Jaan_Tonisson_(Lasteleht), lk 363
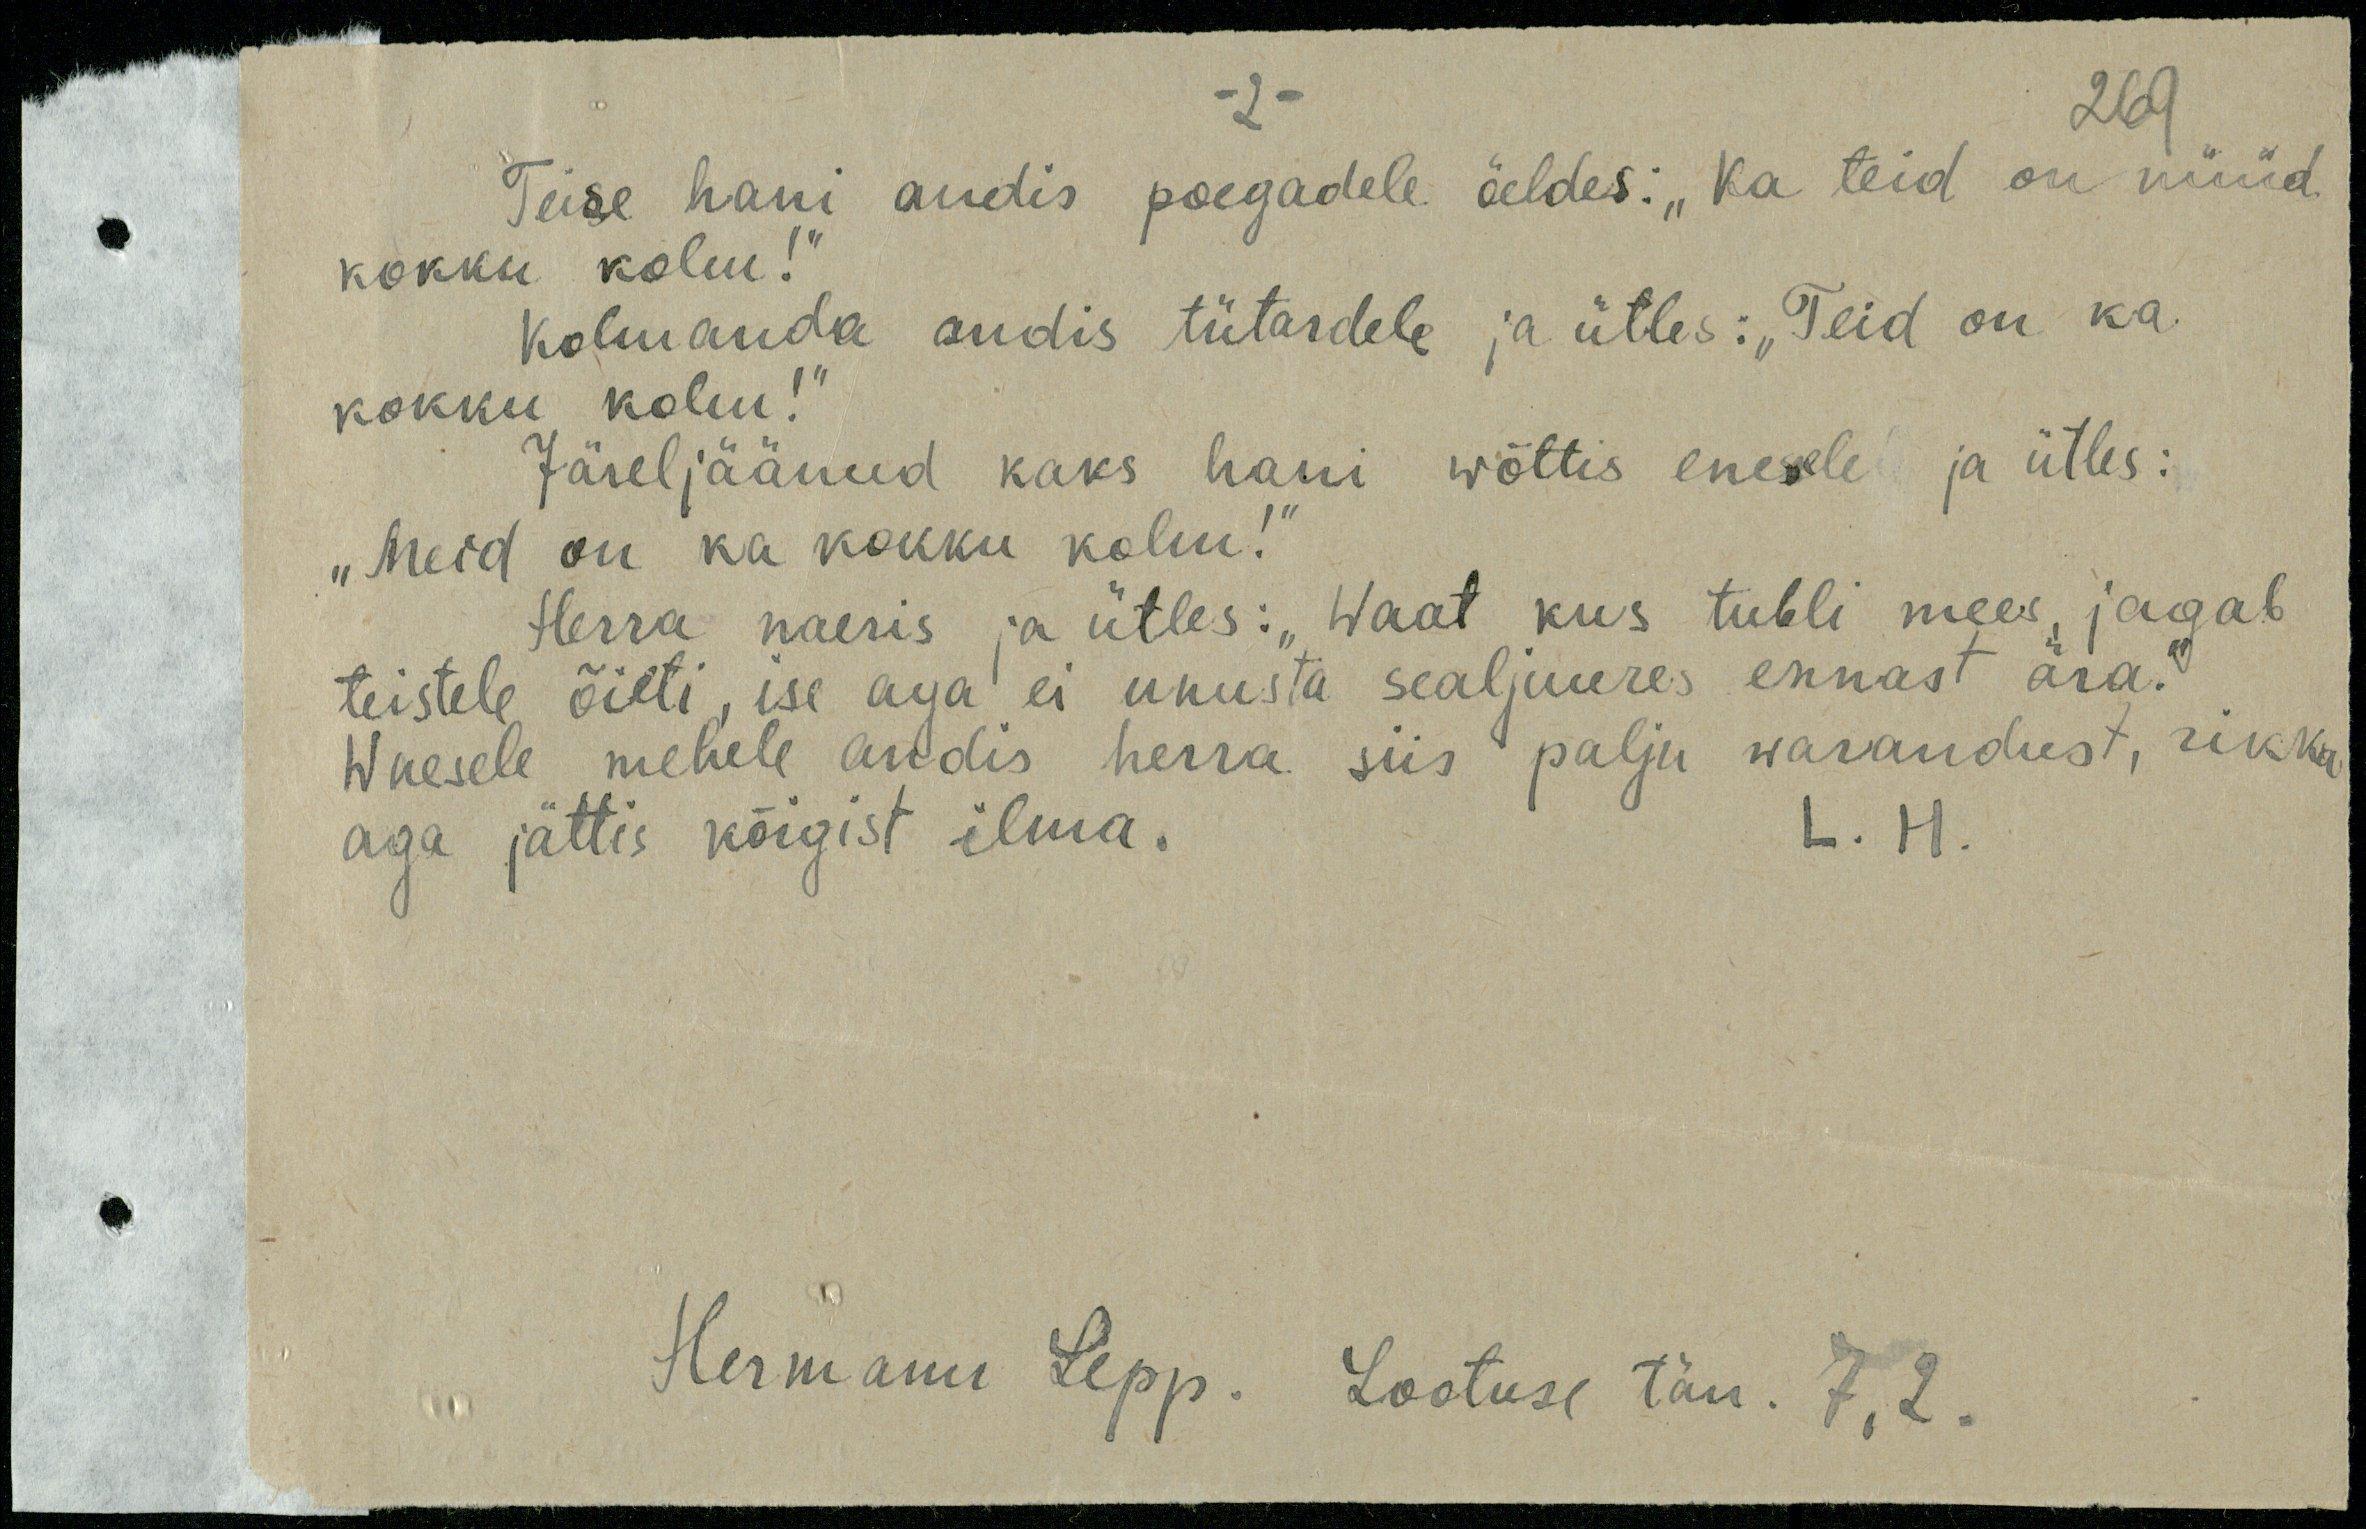
-2-.
269
Teise hani andis poegadele üldes: „Ka teid on nüüd
kokku kolm!"
Kolmanda andis tütardele ja ütles: "Teid on ka
kokku kolm!"
Järeljäänud kaks hani wõttis enesele ja ütles:
"Meid on ka kokku kolm!"
Herra naeris ja ütles: "Waat kus tubli mees, jagab
teistele õieti, ise aga ei unusta sealjuures ennast ära.
Waesele mehele andis herra siis palju warandust, rikka
aga jättis kõigist ilma. L H.
Hermann Lepp. Lootuse tän. 7,2.